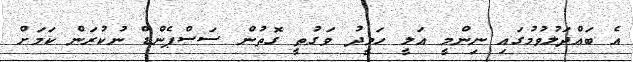
އެ ބައްދަލުވުމުގައި ނިންމީ އަލީ ހަމީދު ވަގުތީ ގޮތުން ސަސްޕެންޑް ނުކުރަން ކަމަށް